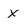
Character: x